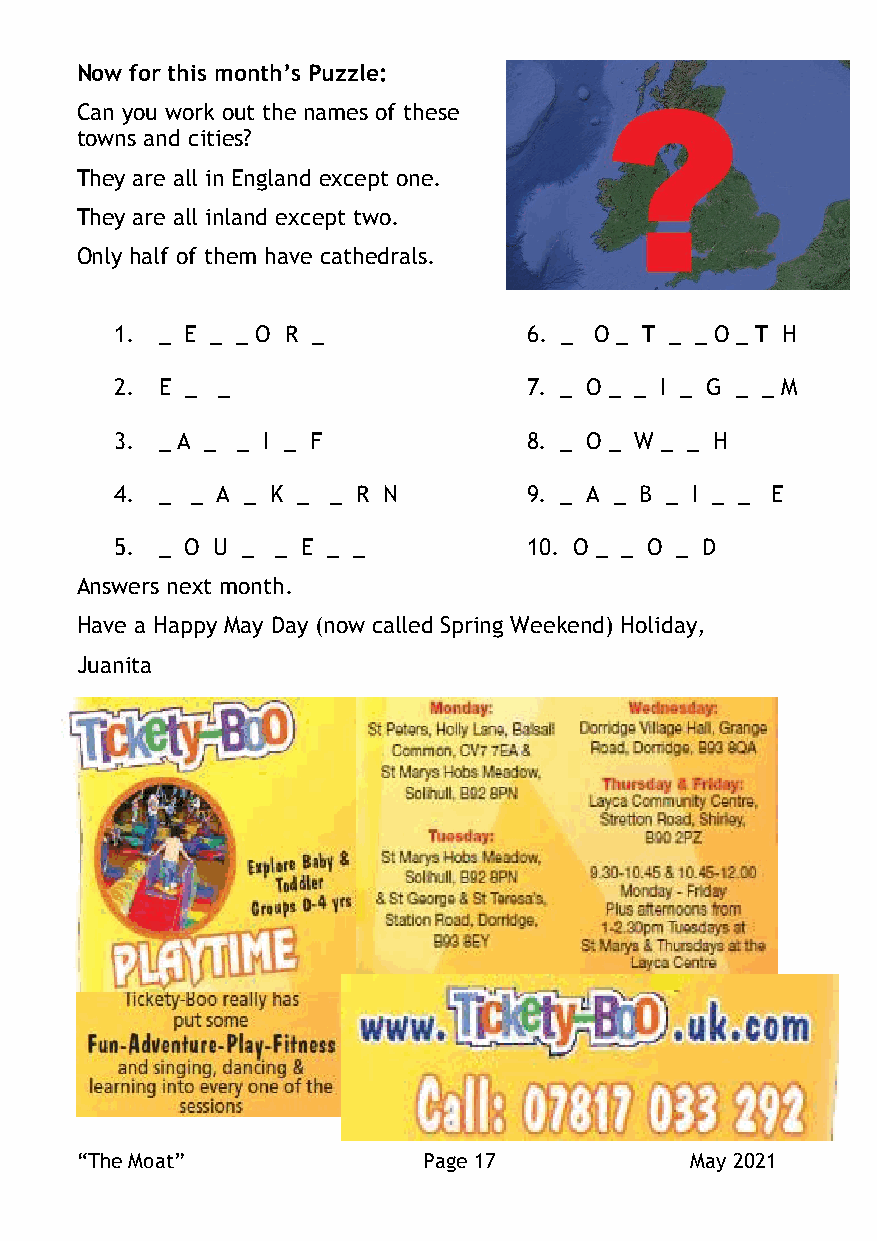
Now for this month’s Puzzle:
 Can you work out the names of these
 towns and cities?
 They are all in England except one.
 They are all inland except two.
 Only half of them have cathedrals.
 1. _ E _ _ O R _           6. _ O _ T _ _ O _ T H
 2. E _ _                   7. _ O _ _ I _ G _ _ M
 3. _ A _ _ I _ F           8. _ O _ W _ _ H
 4. _ _ A _ K _ _ R N       9. _ A _ B _ I _ _ E
 5. _ O U _ _ E _ _         10. O _ _ O _ D
 Answers next month.
 Have a Happy May Day (now called Spring Weekend) Holiday,
 Juanita
 “The Moat”             Page 17           May 2021